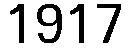
1917